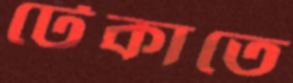
টেকাতে